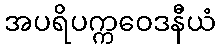
အပရိပက္ကဝေဒနီယံ